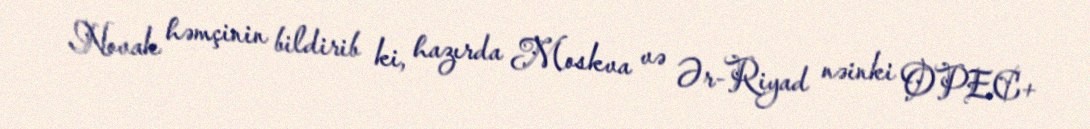
Novak həmçinin bildirib ki, hazırda Moskva və Ər-Riyad nəinki OPEC+